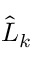
\hat { L } _ { k }